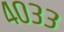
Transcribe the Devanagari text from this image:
४०३३